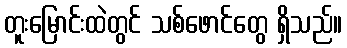
တူးမြောင်းထဲတွင် သစ်ဖောင်တွေ ရှိသည်။